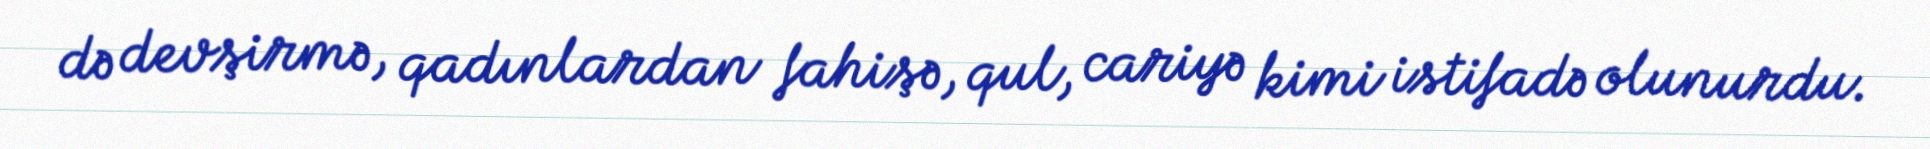
də devşirmə, qadınlardan fahişə, qul, cariyə kimi istifadə olunurdu.